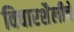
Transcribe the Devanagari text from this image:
विचारशैलीचे